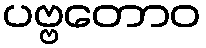
ပဗ္ဗတောဝ